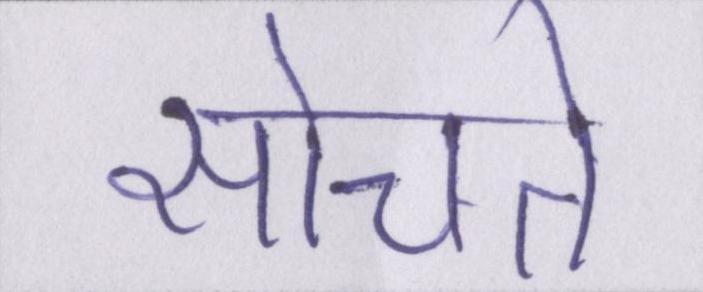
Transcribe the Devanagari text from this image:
सोचते